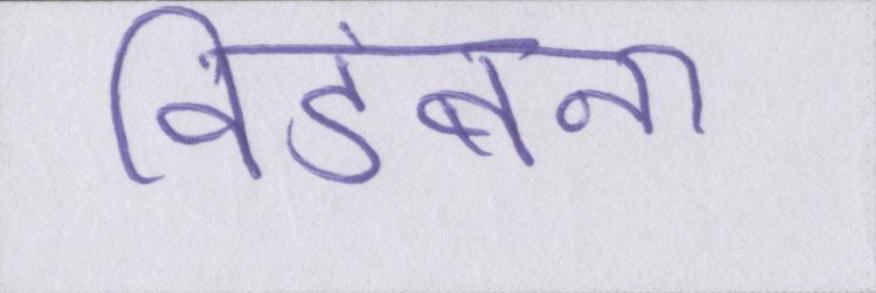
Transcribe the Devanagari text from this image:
विडंबना